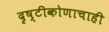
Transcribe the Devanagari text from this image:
दृष्टीकोणाचाही